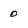
Character: 0